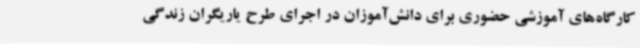
کارگاه‌های آموزشی حضوری برای دانش‌آموزان در اجرای طرح یاریگران زندگی